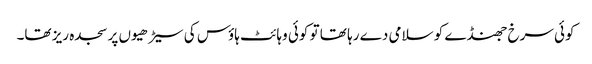
کوئی سرخ جھنڈے کو سلامی دے رہا تھا تو کوئی وہائٹ ہاؤس کی سیڑھیوں پر سجدہ ریز تھا۔